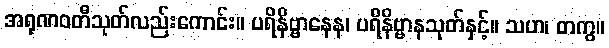
အရုဏဝတီသုတ်လည်းကောင်း။ ပရိနိဗ္ဗာနေန၊ ပရိနိဗ္ဗာနသုတ်နှင့်။ သဟ၊ တကွ။